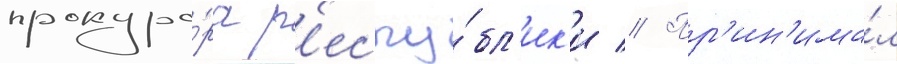
прокуро́ра р'еспу́бл'ик'и // Пр'ин'има́л